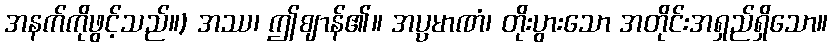
အနက်ကိုဖွင့်သည်။) အဿ၊ ဤဈာန်၏။ အပ္ပမာဏံ၊ တိုးပွားသော အတိုင်းအရှည်ရှိသော။